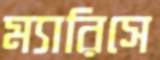
ম্যারিসে